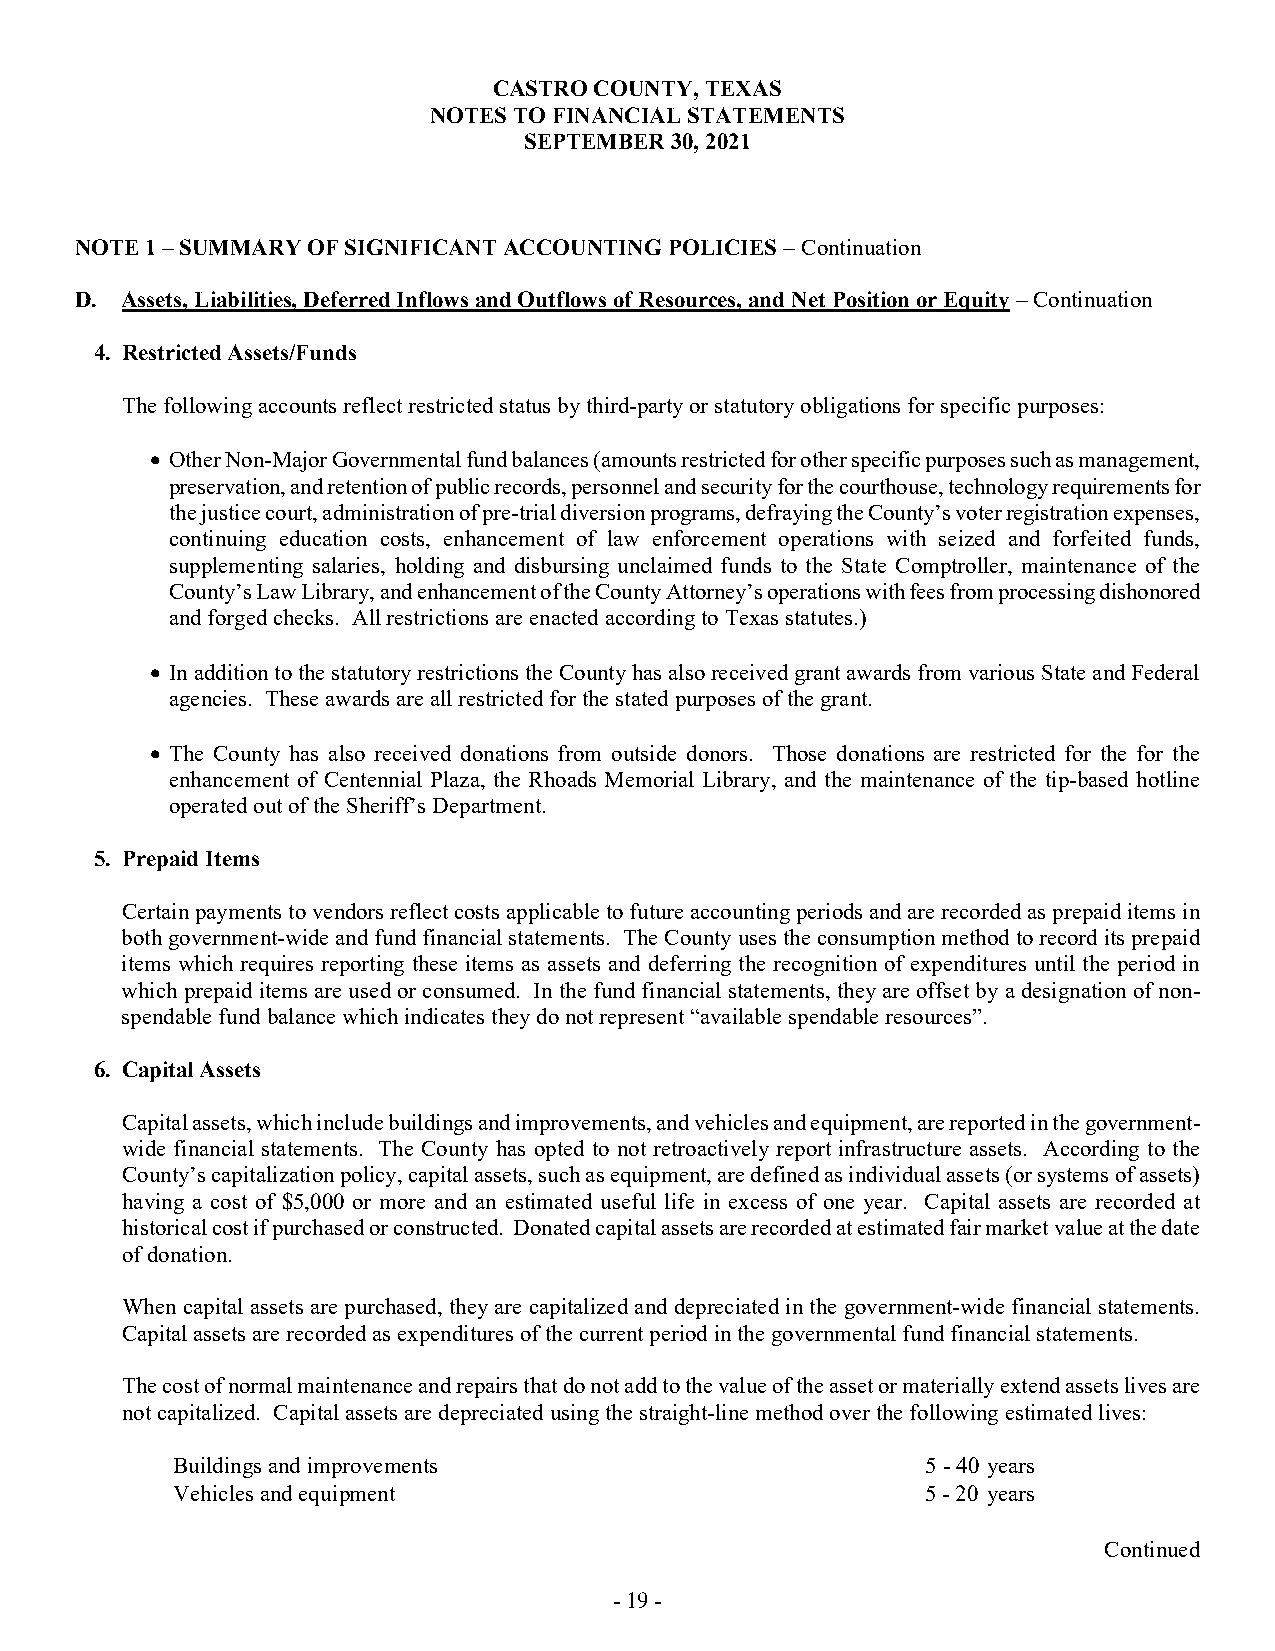
CASTRO COUNTY, TEXAS
 NOTES TO FINANCIAL STATEMENTS
 SEPTEMBER 30, 2021
 NOTE 1 – SUMMARY OF SIGNIFICANT ACCOUNTING POLICIES – Continuation
 D. Assets, Liabilities, Deferred Inflows and Outflows of Resources, and Net Position or Equity – Continuation
 4. Restricted Assets/Funds
 The following accounts reflect restricted status by third-party or statutory obligations for specific purposes:
  Other Non-Major Governmental fund balances (amounts restricted for other specific purposes such as management,
 preservation, and retention of public records, personnel and security for the courthouse, technology requirements for
 the justice court, administration of pre-trial diversion programs, defraying the County’s voter registration expenses,
 continuing education costs, enhancement of law enforcement operations with seized and forfeited funds,
 supplementing salaries, holding and disbursing unclaimed funds to the State Comptroller, maintenance of the
 County’s Law Library, and enhancement of the County Attorney’s operations with fees from processing dishonored
 and forged checks. All restrictions are enacted according to Texas statutes.)
  In addition to the statutory restrictions the County has also received grant awards from various State and Federal
 agencies. These awards are all restricted for the stated purposes of the grant.
  The County has also received donations from outside donors. Those donations are restricted for the for the
 enhancement of Centennial Plaza, the Rhoads Memorial Library, and the maintenance of the tip-based hotline
 operated out of the Sheriff’s Department.
 5. Prepaid Items
 Certain payments to vendors reflect costs applicable to future accounting periods and are recorded as prepaid items in
 both government-wide and fund financial statements. The County uses the consumption method to record its prepaid
 items which requires reporting these items as assets and deferring the recognition of expenditures until the period in
 which prepaid items are used or consumed. In the fund financial statements, they are offset by a designation of non-
 spendable fund balance which indicates they do not represent “available spendable resources”.
 6. Capital Assets
 Capital assets, which include buildings and improvements, and vehicles and equipment, are reported in the government-
 wide financial statements. The County has opted to not retroactively report infrastructure assets. According to the
 County’s capitalization policy, capital assets, such as equipment, are defined as individual assets (or systems of assets)
 having a cost of $5,000 or more and an estimated useful life in excess of one year. Capital assets are recorded at
 historical cost if purchased or constructed. Donated capital assets are recorded at estimated fair market value at the date
 of donation.
 When capital assets are purchased, they are capitalized and depreciated in the government-wide financial statements.
 Capital assets are recorded as expenditures of the current period in the governmental fund financial statements.
 The cost of normal maintenance and repairs that do not add to the value of the asset or materially extend assets lives are
 not capitalized. Capital assets are depreciated using the straight-line method over the following estimated lives:
 Buildings and improvements                        5 - 40 years
 Vehicles and equipment                            5 - 20 years
 Continued
 - 19 -